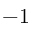
- 1